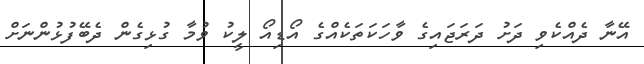
އޭނާ ދެއްކެވި ދަށު ދަރަޖައިގެ ވާހަކަތަކެއްގެ އޯޑިއޯ ލީކު ވުމާ ގުޅިގެން ދެބޭފުޅުންނަށް